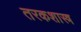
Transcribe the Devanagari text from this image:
तरकशास्त्र